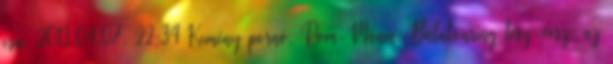
csa. 2013.04.07. 22:34 Kemény pornó, Rom-Mánia, Balatonring tesz-vesz: az